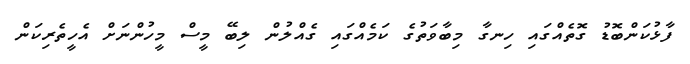
ފާޅުކަންބޮޑު ގޮތެއްގައި ހިނގާ މިބާވަތުގެ ކަމެއްގައި ގެއްލުން ލިބޭ މީސް މީހުންނަށް އެހީތެރިކަން